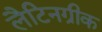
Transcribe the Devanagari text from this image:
लैटिनग्रीक